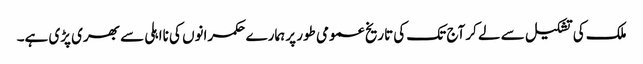
ملک کی تشکیل سے لے کر آج تک کی تاریخ عمومی طور پر ہمارے حکمرانوں کی نااہلی سے بھری پڑی ہے۔